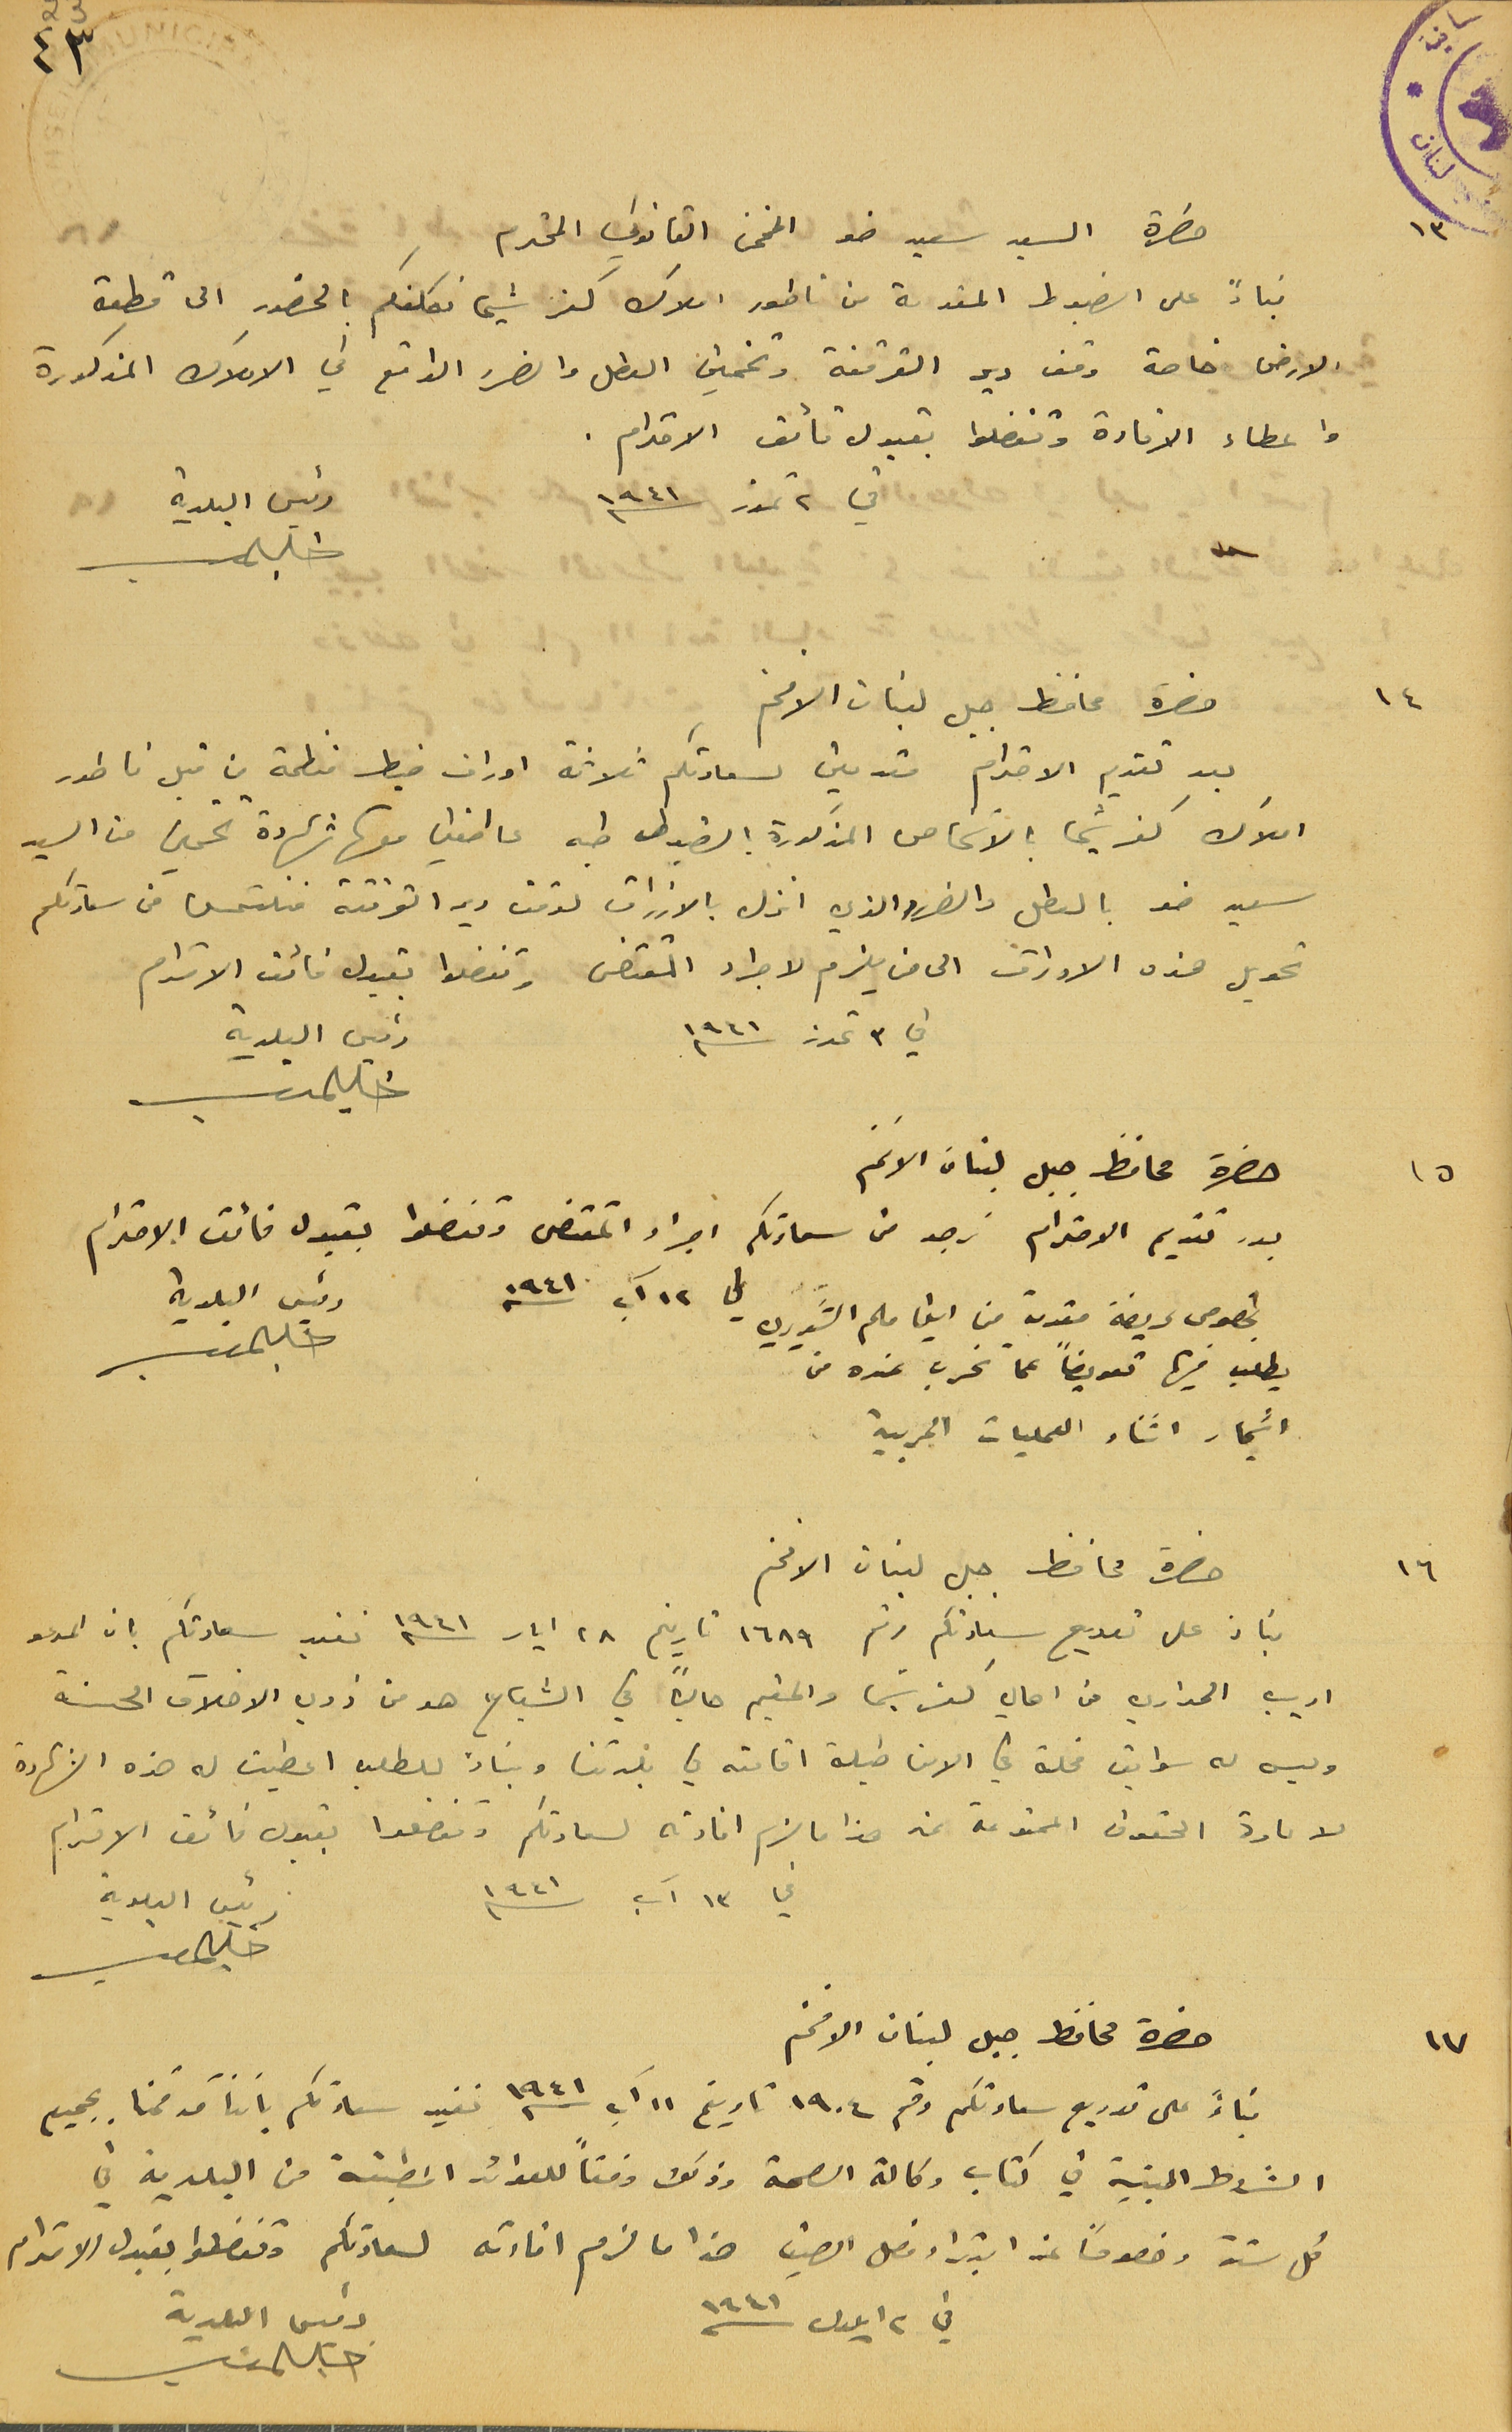
حضرة السيد سعيد ضو المخمن القانوني المحترم
بناءً على الضبوط المقدمة من ناطور املاك كفرشيما نكلفكم بالحضور الى قطعة
الارض خاصة وقف دير القرقفة وتخمين العطل والضرر الواقع في الاملاك المذكورة
واعطاء الافادة وتفضلوا بقبول فائق الاحترام .
حضرة محافظ جبل لبنان الافخم
املاك كفرشيما بالاشخاص المذكورة الضبوط طيه عاطفين معها شهادة تخمين من السيد
سعيد ضو بالعطل والضرر الذي انزل بالازراق لوقف دير القرقفة فنلتمس من سعادتكم
تحويل هذه الاوراق الى من يلزم لاجراء المقتضى وتفضلوا بقبول فائق الاحترام.
في ٣ تموز سنة ١٩٤١
حضرة محافظ جبل لبنان الافخم
بعد تقديم الاحترام نرجو من سعادتكم اجراء المقتضى وتفضلوا بقبول فائق الاحترام
بخصوص عريضة مقدمة من ايفا ملحم الشويري في ١٢ آب سنه ١٩٤١
يطلب فيها تعويضاً عما تخرب عنده من
اشجار اثناء العمليات الحربية
حضرة محافظ جبل لبنان الافخم
بناء على توريع سيادتكم رقم ١٦٨٩ تاريخ ٢٨ ايار سنه ١٩٤٠ نفيد سعادتكم بان المدعو
اديب الحداري من اهالي كفرشيما والمقيم حالياً في الشياح هو من ذوي الاخلاق الحسنة
 وليس له سوابق مخلة في الامن طيلة اقامته في بلدتنا وبناءً للطلب اعطيت له هذه الشهادة
 لاعادة الحقوق الممنوعة عنه هذا ما لزم افادته لسعادتكم وتفضلوا بقبول فائق الاحترام
في ١٣ آب سنه 1941
حضرة محافظ جبل لبنان الافخم
بناءً على توريع سعادتكم رقم ١٩٠٤ تاريخ ١١ آب سنه ١٩٤١ نفيد سعادتكم باننا قد قمنا بجميع
الشروط المبنية في كتاب وكالة الصحة وذلك وفقاً للعوائد المطبقة من البلدية في
كل سنة وخصوصاً عن ابتداء فصل الصيف هذا ما لزم افادته لسعادتكم وتفضلوا بقبول الاحترام
رئيس البلدية
رئيس البلدية
رئيس البلدية
في ٢ ايلول ١٩٤١
رئيس البلدية
رئيس البلدية
١٤
١٥
١٦
بعد تقديم الاحترام مقدمين لسعادتكم ثلاثة اوراق ضبط منظمة من قبل ناطور
في ٢ تموز سنه ١٩٤١
١٣
١٧
٤٣